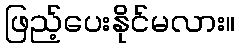
ဖြည့်ပေးနိုင်မလား။